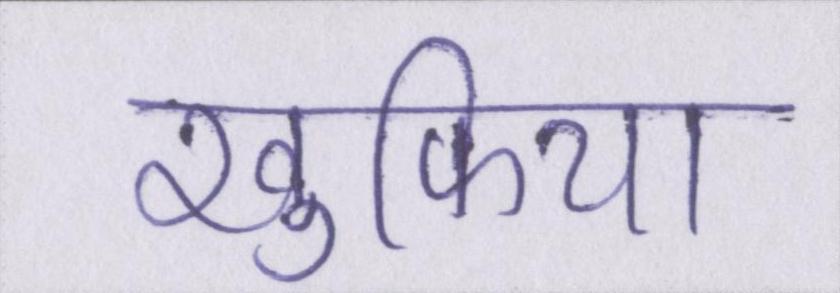
खुफिया